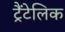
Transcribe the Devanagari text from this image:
ट्रैंटेलिक